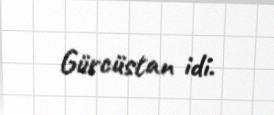
Gürcüstan idi.